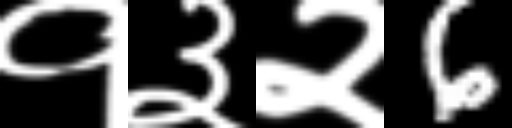
Text: १३२6